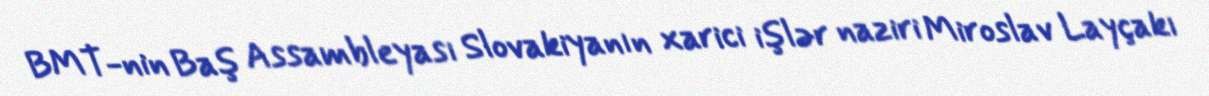
BMT-nin Baş Assambleyası Slovakiyanın xarici işlər naziri Miroslav Layçakı